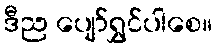
ဒီည ပျော်ရွှင်ပါစေ။